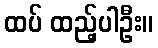
ထပ် ထည့်ပါဦး။